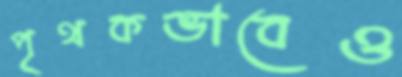
পৃথকভাবেও